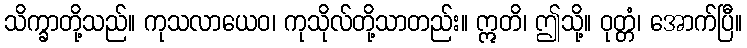
သိက္ခာတို့သည်။ ကုသလာယေဝ၊ ကုသိုလ်တို့သာတည်း။ ဣတိ၊ ဤသို့။ ဝုတ္တံ၊ အောက်ပြီ။